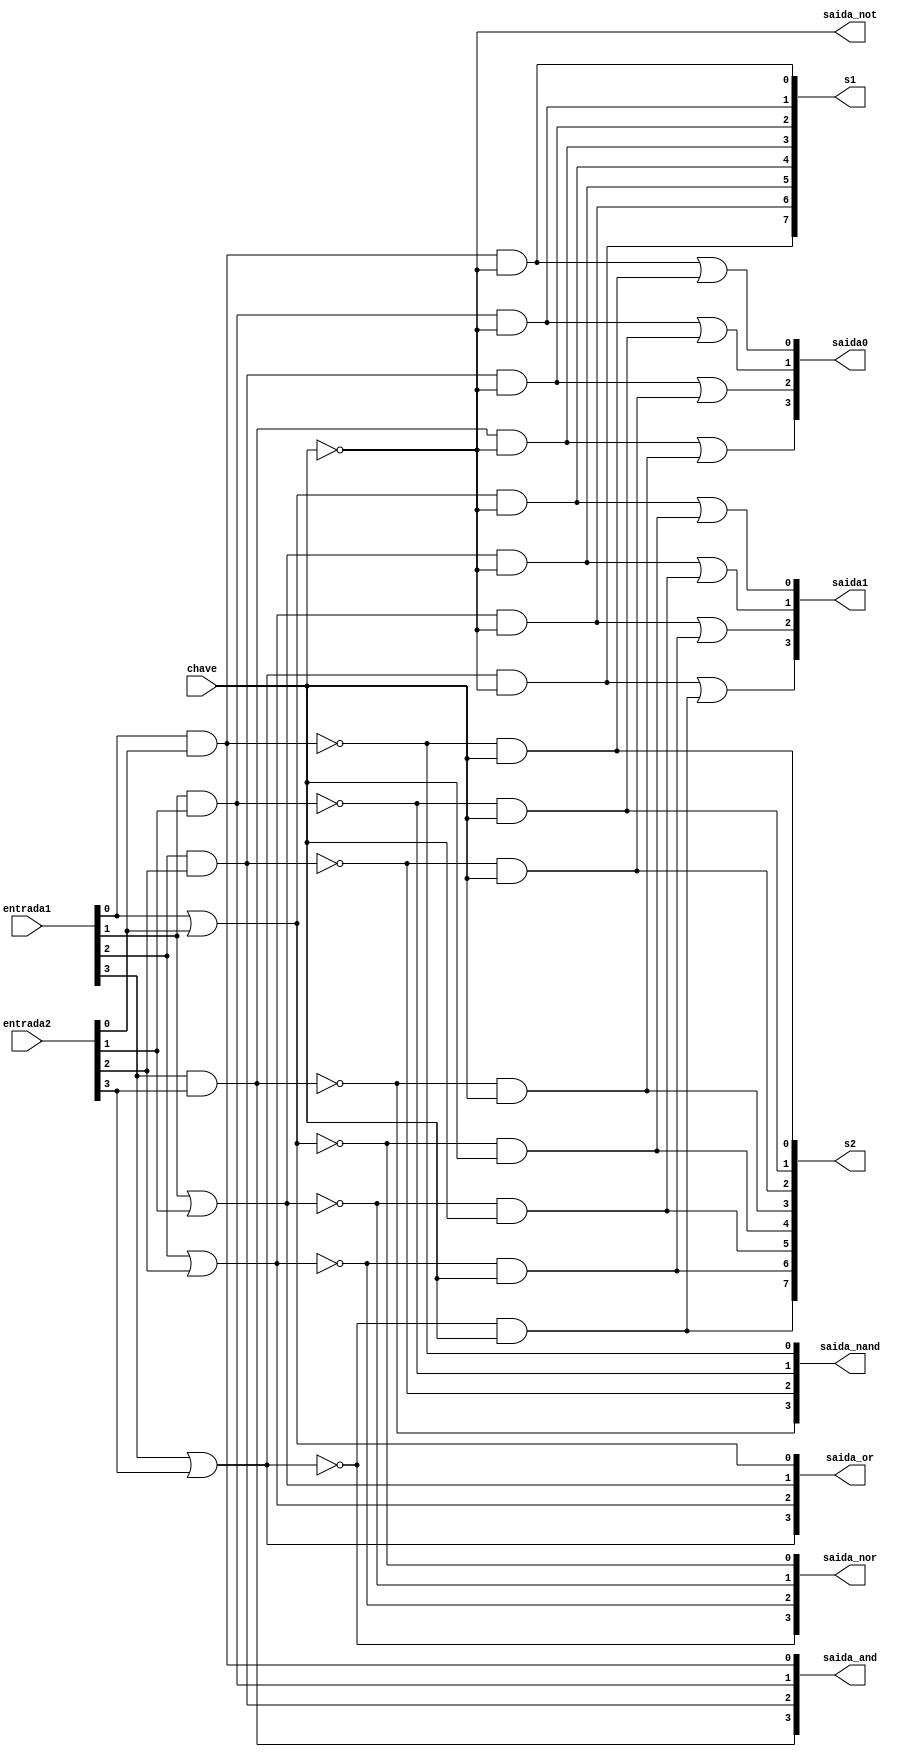
// -------------------------
// Exemplo0033 - Selecionvel
// Nome: Joo Henrique Mendes de Oliveira
// -------------------------
// -------------------------
// selecionavel_gate
// -------------------------
 
	module selecionavel (output [3:0]saida_and, output [3:0]saida_or, output [3:0]saida_nand, output [3:0]saida_nor, output [0:0]saida_not, output [7:0]s1, 
								output [7:0]s2, output [3:0]saida0, output [3:0]saida1, input [3:0]entrada1, input [3:0]entrada2, input [0:0]chave);
	//---AND			
		and AND_1(saida_and[0], entrada1[0], entrada2[0]);
		and AND_2(saida_and[1], entrada1[1], entrada2[1]);
		and AND_3(saida_and[2], entrada1[2], entrada2[2]);
		and AND_4(saida_and[3], entrada1[3], entrada2[3]);
	//---OR	
		or OR_1(saida_or[0], entrada1[0], entrada2[0]);
		or OR_2(saida_or[1], entrada1[1], entrada2[1]);
		or OR_3(saida_or[2], entrada1[2], entrada2[2]);
		or OR_4(saida_or[3], entrada1[3], entrada2[3]); 
	//---NAND		 
		nand NAND1(saida_nand[0], entrada1[0], entrada2[0]);
		nand NAND2(saida_nand[1], entrada1[1], entrada2[1]);
		nand NAND3(saida_nand[2], entrada1[2], entrada2[2]);
		nand NAND4(saida_nand[3], entrada1[3], entrada2[3]);
	//---NOR	
		nor NOR1(saida_nor[0], entrada1[0], entrada2[0]);
		nor NOR2(saida_nor[1], entrada1[1], entrada2[1]);
		nor NOR3(saida_nor[2], entrada1[2], entrada2[2]);
		nor NOR4(saida_nor[3], entrada1[3], entrada2[3]);
	//---NOT		 
		not NOT1(saida_not[0], chave[0]);
	//---AND		 
		and AND1(s1[0], saida_and[0], saida_not[0]);
		and AND2(s1[1], saida_and[1], saida_not[0]);
		and AND3(s1[2], saida_and[2], saida_not[0]);
		and AND4(s1[3], saida_and[3], saida_not[0]);
	//---AND		
		and AND5(s1[4], saida_or[0], saida_not[0]);
		and AND6(s1[5], saida_or[1], saida_not[0]);
		and AND7(s1[6], saida_or[2], saida_not[0]);
		and AND8(s1[7], saida_or[3], saida_not[0]);
	//---AND		 
		and AND9(s2[0], saida_nand[0], chave[0]);
		and AND10(s2[1], saida_nand[1], chave[0]);
		and AND11(s2[2], saida_nand[2], chave[0]);
		and AND12(s2[3], saida_nand[3], chave[0]);
	//---AND		
		and AND13(s2[4], saida_nor[0], chave[0]);
		and AND14(s2[5], saida_nor[1], chave[0]);
		and AND15(s2[6], saida_nor[2], chave[0]);
		and AND16(s2[7], saida_nor[3], chave[0]);
	//---OR		 
		or OR1(saida0[0], s1[0], s2[0]);
		or OR2(saida0[1], s1[1], s2[1]);
		or OR3(saida0[2], s1[2], s2[2]);
		or OR4(saida0[3], s1[3], s2[3]); 
	//---OR		 
		or OR5(saida1[0], s1[4], s2[4]);
		or OR6(saida1[1], s1[5], s2[5]);
		or OR7(saida1[2], s1[6], s2[6]);
		or OR8(saida1[3], s1[7], s2[7]);
		
	endmodule //selecionavel

// ------------------------- 
// -- test selecionavel
// -------------------------
	module test_selecionavel; 
// ------------------------- definir dados 
		reg  [3:0] x;
		reg  [3:0] y;
		reg  [0:0] c;
			 
		wire [3:0] w;
		wire [3:0] k;
		wire [3:0] r;
		wire [3:0] s;
		wire [0:0] a;
		wire [7:0] h;
		wire [7:0] p;
		wire [3:0] s0;
		wire [3:0] s1;
		
		selecionavel modulo (w, k, r, s, a, h, p, s0, s1, x, y, c);

// ------------------------- parte principal
	 initial begin
		$display("Exemplo0033 - Joo Henrique Mendes de Oliveira - 392734");
      $display("Test LU's module:\n");
      #1 x = 4'b0101; y = 4'b1010; c = 0;
		$monitor("\tChave = %1b\n x = %4b  y = %4b  Resultado = %4b  Sada ==> %4b\n", c, x, y, s0, s1);
		#1 x = 4'b0101; y = 4'b1010; c = 1;		
		#1 x = 4'b1111; y = 4'b0000; c = 0;
		#1 x = 4'b1111; y = 4'b0000; c = 1;		
		#1 x = 4'b1001; y = 4'b1000; c = 0;
		#1 x = 4'b1001; y = 4'b1000; c = 1;
	 end
	endmodule // test_selecionavel